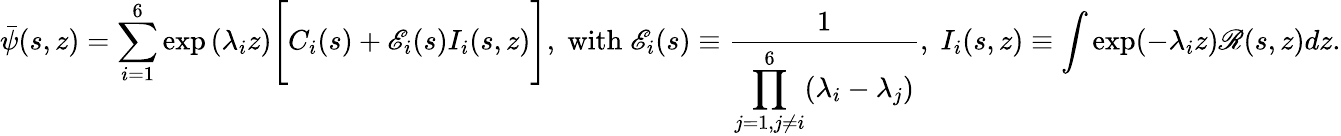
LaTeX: \bar{\psi}(s,z)=\sum_{i=1}^{6}\exp{(\lambda_{i}z)}\Bigg[C_{i}(s)+\mathscr{E}_{i}(s)I_{i}(s,z)\Bigg],\; \mathrm{with}\; \mathscr{E}_{i}(s)\equiv\frac{1}{\displaystyle\prod_{j=1,j\neq i}^{6}(\lambda_{i}-\lambda_{j})},\; I_{i}(s,z)\equiv\int\exp(-\lambda_{i}z)\mathscr{R}(s,z)dz.